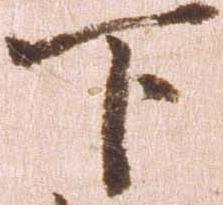
下